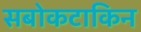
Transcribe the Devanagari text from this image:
सबोकटाकिन